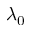
\lambda _ { 0 }